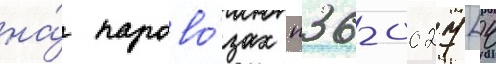
на́ парово́зах п36-0027 [4